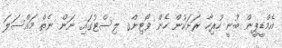
އެމްޑީޕީން ބުނީ ހުރިހާ ރަށަކުން ހެން ވޯޓިންގ ލިސްޓުގައި ނަން ނެތް މައްސަލަ